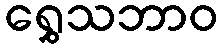
ရွှေသဘာဝ